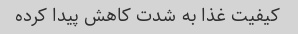
کیفیت غذا به شدت کاهش پیدا کرده